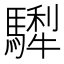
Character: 𩥴